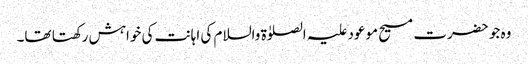
وہ جو حضرت مسیح موعود علیہ الصلوٰۃ والسلام کی اہانت کی خواہش رکھتا تھا۔